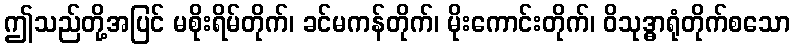
ဤသည်တို့အပြင် မစိုးရိမ်တိုက်၊ ခင်မကန်တိုက်၊ မိုးကောင်းတိုက်၊ ဝိသုဒ္ဓာရုံတိုက်စသော